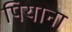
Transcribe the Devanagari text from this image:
पियाना